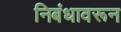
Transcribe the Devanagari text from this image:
निबंधावरून